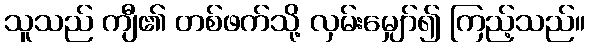
သူသည် ကျီ၏ တစ်ဖက်သို့ လှမ်းမျှော်၍ ကြည့်သည်။